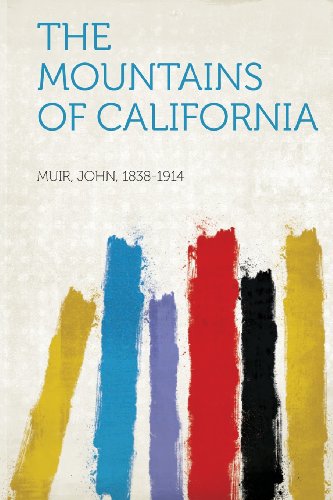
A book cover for The Mountains of California; Biographies & Memoirs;